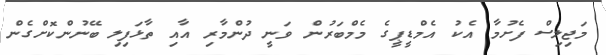
މަޖިލިސް ފެށުމާ އެކު އެމްޑީޕީގެ މެމްބަރުން ވަނީ ދުންމާރި އާއި ތާޅަފިލި ބޭނުންކޮށްގެން